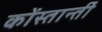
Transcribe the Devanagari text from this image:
कोंस्तान्तीं